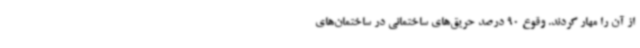
از آن را مهار کردند. وقوع 90 درصد حریق‌های ساختمانی در ساختمان‌های